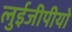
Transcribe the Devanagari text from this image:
लुईजीपीयो